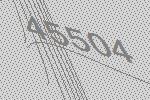
45504